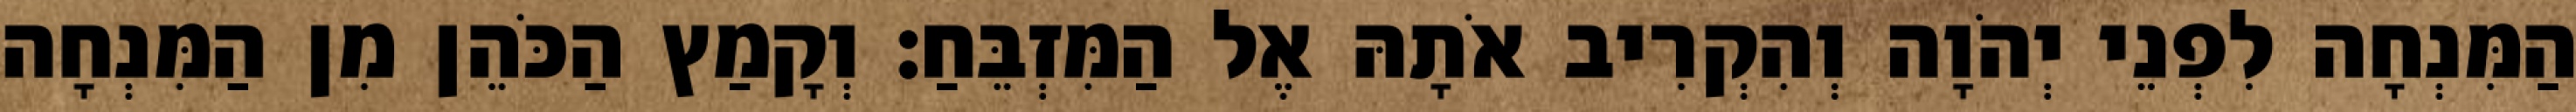
הַמִּנְחָה לִפְנֵי יְהֹוָה וְהִקְרִיב אֹתָהּ אֶל הַמִּזְבֵּחַ׃ וְקָמַץ הַכֹּהֵן מִן הַמִּנְחָה